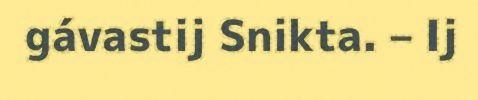
gávastij Snikta. – Ij